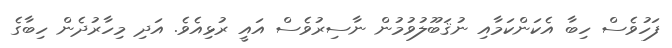
ފަހުވެސް ހިބާ އެކަންކަމާއި ނުޤަބޫލުވުމުން ނާސިރުވެސް އައީ ރުޅިއެވެ. އަދި މިހާރުދެން ހިބާގެ